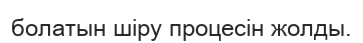
болатын шіру процесін жолды.